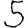
Digit: 5